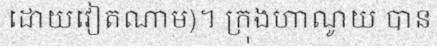
ដោយវៀតណាម)។ ក្រុងហាណូយ បាន